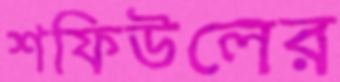
শফিউলের